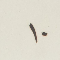
١٠